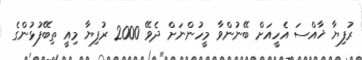
ރުފިޔާ ޚާއްސަ އެހީއަށް ބޭނުންވާ މީހުންނަށް ދެވޭ 2000 ރުފިޔާ މިއީ ތިބޭފުޅުންގެ